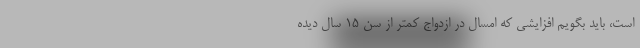
است، باید بگویم افزایشی که امسال در ازدواج کمتر از سن ۱۵ سال دیده